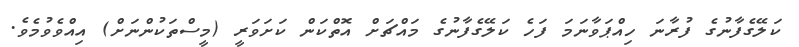
ކަލޭގެފާނުގެ ފުރާނަ ހިއްޕަވާނަމަ ފަހެ ކަލޭގެފާނުގެ މައްޗަށް އޮތްކަން ކަށަވަރީ (މީސްތަކުންނަށް) އިއްވެވުމެވެ.